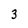
Character: 3